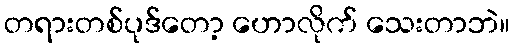
တရားတစ်ပုဒ်တော့ ဟောလိုက် သေးတာဘဲ။